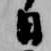
日